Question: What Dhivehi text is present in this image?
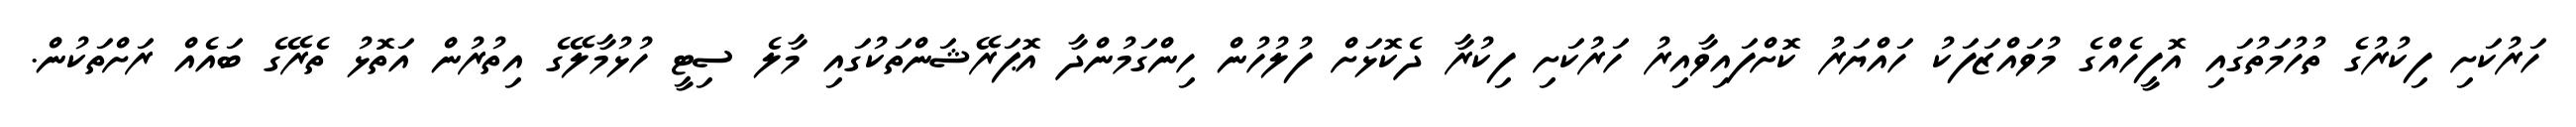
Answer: ހަރުކަށި ފިކުރުގެ ތުހުމަތުގައި އޮފީހެއްގެ މުވައްޒަފަކު ހައްޔަރު ކޮށްފައިވާއިރު ހަރުކަށި ފިކުރާ ދެކޮޅަށް ފުލުހުން ހިންގަމުންދާ އޮޕަރޭޝަންތަކުގައި މާލެ ސިޓީ ހުޅުމާލޭގެ އިތުރުން އަތޮޅު ތެރޭގެ ބައެއް ރަށްތަކުން.